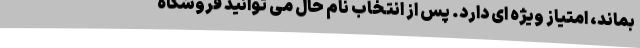
بماند، امتیاز ویژه ای دارد. پس از انتخاب نام حال می توانید فروشگاه